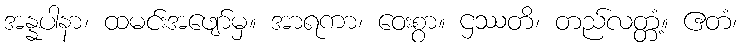
အန္နပါနာ၊ ထမင်းအဖျော်မှ။ အာရကာ၊ ဝေးစွာ။ ဌဿတိ၊ တည်လတ္တံ့။ ဧတံ၊